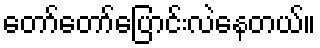
တော်တော်ပြောင်းလဲနေတယ်။